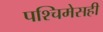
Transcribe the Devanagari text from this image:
पश्चिमेसही